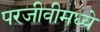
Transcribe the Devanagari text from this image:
परजीवीमध्ये